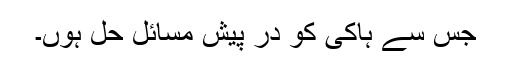
جس سے ہاکی کو در پیش مسائل حل ہوں۔